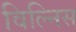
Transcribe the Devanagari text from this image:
विल्निस